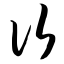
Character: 次